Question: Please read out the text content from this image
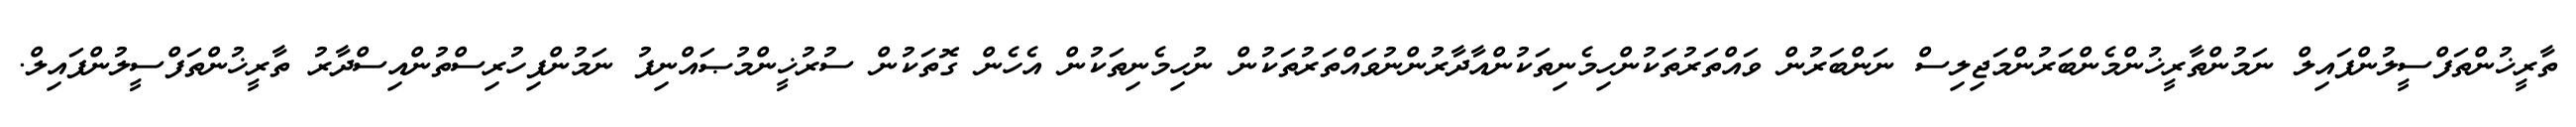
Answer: ތާރީޚުންތަފްސީލުންފައިލް ނަމުންތާރީޚުންމެންބަރުންމަޖިލިސް ނަންބަރުން ވައްތަރުތަކުންހިމެނިތަކުންއާދާރުންނުވައްތަރުތަކުން ނުހިމެނިތަކުން އެހެން ގޮތަކުން ސުރުޚީންމުޞައްނިފު ނަމުންފިހުރިސްތުންއިސްދާރު ތާރީޚުންތަފްސީލުންފައިލް.